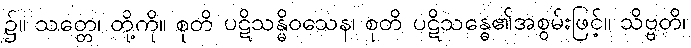
၌။ သတ္တေ၊ တို့ကို။ စုတိ ပဋိသန္ဓိဝသေန၊ စုတိ ပဋိသန္ဓေ၏အစွမ်းဖြင့်။ သိဗ္ဗတိ၊